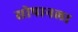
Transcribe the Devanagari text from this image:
सोपानला